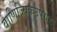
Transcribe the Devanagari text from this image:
वाणिज्यिकउपग्रह